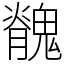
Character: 䰪